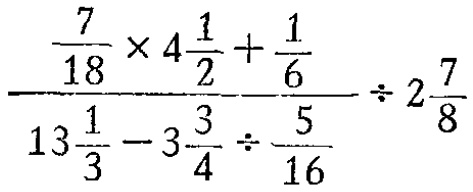
\(\frac{\frac{7}{18}\times 4\frac{1}{2}+\frac{1}{6}}{13\frac{1}{3}-3\frac{3}{4}\div\frac{5}{16}}\div 2\frac{7}{8}\)